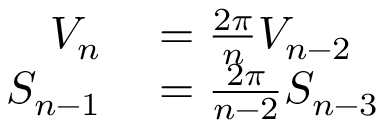
\begin{array} { r l } { V _ { n } } & { { } = { \frac { 2 \pi } { n } } V _ { n - 2 } } \\ { S _ { n - 1 } } & { { } = { \frac { 2 \pi } { n - 2 } } S _ { n - 3 } } \end{array}